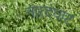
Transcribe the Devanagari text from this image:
नारदघाट